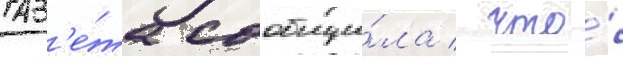
Газ'е́та сообщи́ла / что́